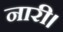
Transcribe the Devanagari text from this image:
नारी।